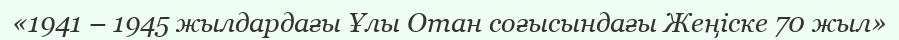
«1941 – 1945 жылдардағы Ұлы Отан соғысындағы Жеңіске 70 жыл»